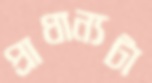
প্রাধান্যটা